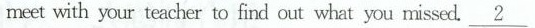
meet with your teacher to find out what you missed. \underline{2}